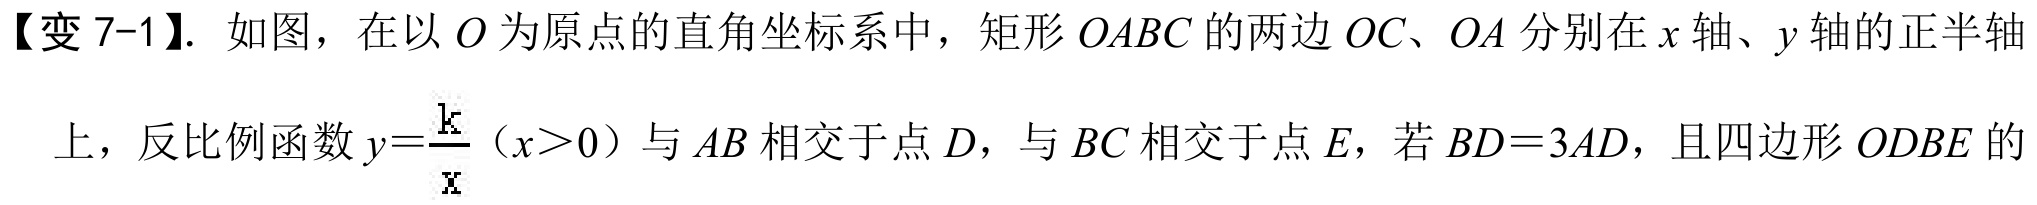
【变7-1】. 如图，在以 \(O\) 为原点的直角坐标系中，矩形 \(OABC\) 的两边 \(OC、OA\) 分别在 \(x\) 轴、\(y\) 轴的正半轴
上，反比例函数 \(y = \frac{k}{x}\)（\(x>0\)）与 \(AB\) 相交于点 \(D\)，与 \(BC\) 相交于点 \(E\)，若 \(BD = 3AD\)，且四边形 \(ODBE\) 的